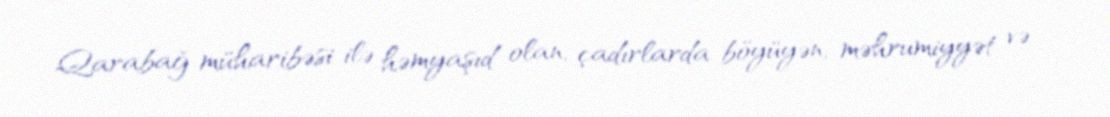
Qarabağ müharibəsi ilə həmyaşıd olan, çadırlarda böyüyən, məhrumiyyət və